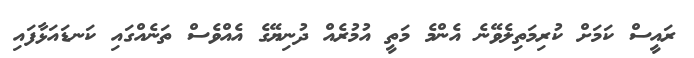
ރައީސް ކަމަށް ކުރިމަތިލެވޭނެ އެންމެ މަތީ އުމުރެއް ދުނިޔޭގެ އެއްވެސް ތަނެއްގައި ކަނޑައަޅާފައި